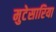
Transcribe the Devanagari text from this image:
मुटेसारिया